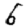
Digit: 6